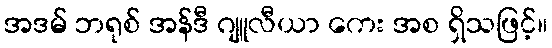
အဒမ် ဘရုစ် အန်ဒီ ဂျူလီယာ ကေး အစ ရှိသဖြင့်။